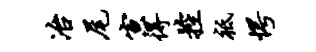
冶尾寅得控祗愕